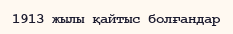
1913 жылы қайтыс болғандар